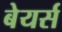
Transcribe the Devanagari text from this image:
बेयर्स